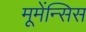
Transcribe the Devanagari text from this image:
मूमेंन्सिस